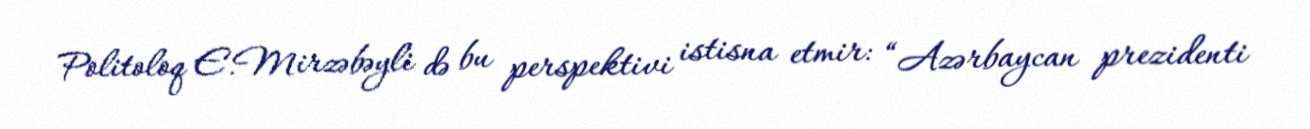
Politoloq E.Mirzəbəyli də bu perspektivi istisna etmir: “Azərbaycan prezidenti